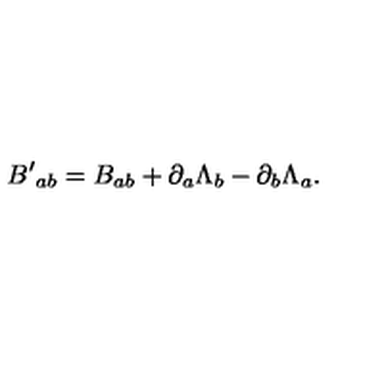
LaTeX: { B ^ { \prime } } _ { a b } = B _ { a b } + \partial _ { a } \Lambda _ { b } - \partial _ { b } \Lambda _ { a } .